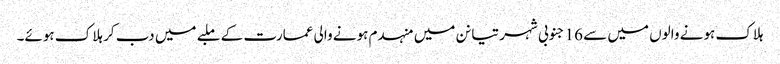
ہلاک ہونے والوں میں سے 16 جنوبی شہر تیانن میں منہدم ہونے والی عمارت کے ملبے میں دب کر ہلاک ہوئے۔